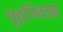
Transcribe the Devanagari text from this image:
गृहनिवास